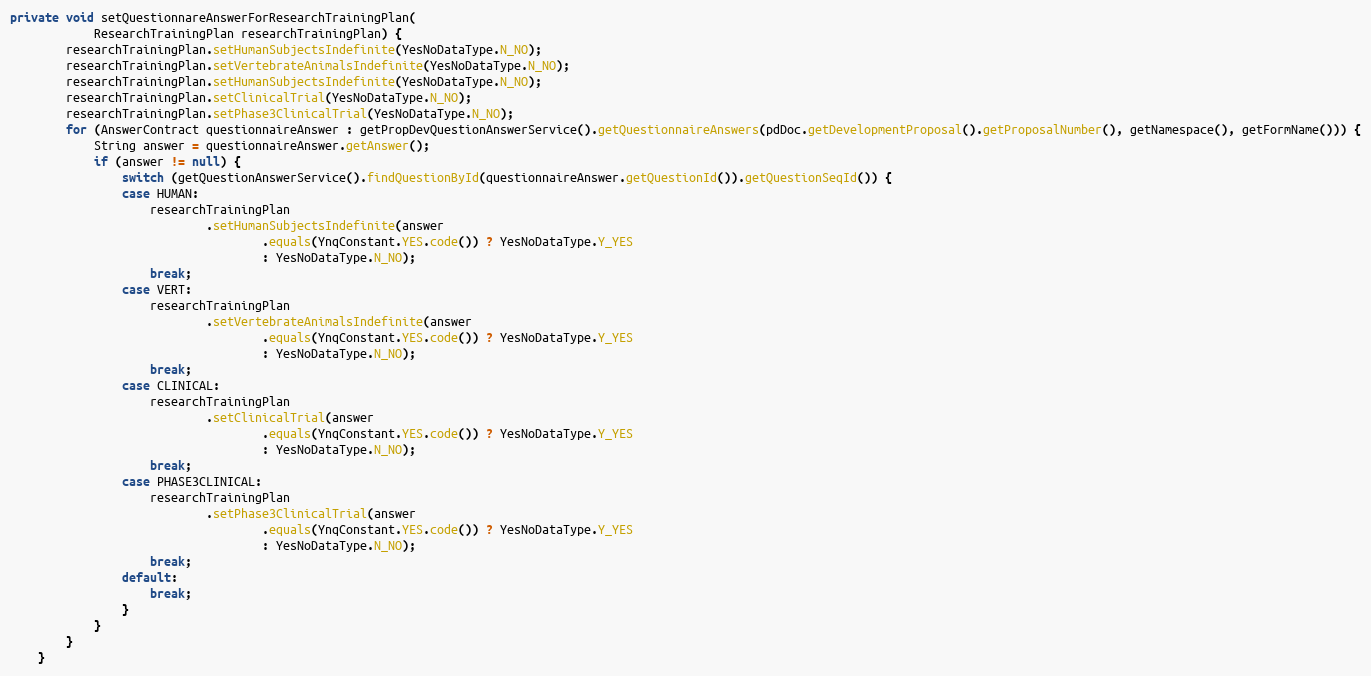
Language: Java
private void setQuestionnareAnswerForResearchTrainingPlan(
			ResearchTrainingPlan researchTrainingPlan) {
	    researchTrainingPlan.setHumanSubjectsIndefinite(YesNoDataType.N_NO);
        researchTrainingPlan.setVertebrateAnimalsIndefinite(YesNoDataType.N_NO);
        researchTrainingPlan.setHumanSubjectsIndefinite(YesNoDataType.N_NO);
        researchTrainingPlan.setClinicalTrial(YesNoDataType.N_NO);
        researchTrainingPlan.setPhase3ClinicalTrial(YesNoDataType.N_NO);
		for (AnswerContract questionnaireAnswer : getPropDevQuestionAnswerService().getQuestionnaireAnswers(pdDoc.getDevelopmentProposal().getProposalNumber(), getNamespace(), getFormName())) {
			String answer = questionnaireAnswer.getAnswer();
			if (answer != null) {
				switch (getQuestionAnswerService().findQuestionById(questionnaireAnswer.getQuestionId()).getQuestionSeqId()) {
				case HUMAN:
					researchTrainingPlan
							.setHumanSubjectsIndefinite(answer
									.equals(YnqConstant.YES.code()) ? YesNoDataType.Y_YES
									: YesNoDataType.N_NO);
					break;
				case VERT:
					researchTrainingPlan
							.setVertebrateAnimalsIndefinite(answer
									.equals(YnqConstant.YES.code()) ? YesNoDataType.Y_YES
									: YesNoDataType.N_NO);
					break;
				case CLINICAL:
					researchTrainingPlan
							.setClinicalTrial(answer
									.equals(YnqConstant.YES.code()) ? YesNoDataType.Y_YES
									: YesNoDataType.N_NO);
					break;
				case PHASE3CLINICAL:
					researchTrainingPlan
							.setPhase3ClinicalTrial(answer
									.equals(YnqConstant.YES.code()) ? YesNoDataType.Y_YES
									: YesNoDataType.N_NO);
					break;
				default:
					break;
				}
			}
		}
	}